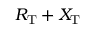
R _ { \mathrm { T } } + X _ { \mathrm { T } }